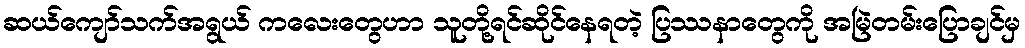
ဆယ်ကျော်သက်အရွယ် ကလေးတွေဟာ သူတို့ရင်ဆိုင်နေရတဲ့ ပြဿနာတွေကို အမြဲတမ်းပြောချင်မှ